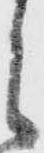
之